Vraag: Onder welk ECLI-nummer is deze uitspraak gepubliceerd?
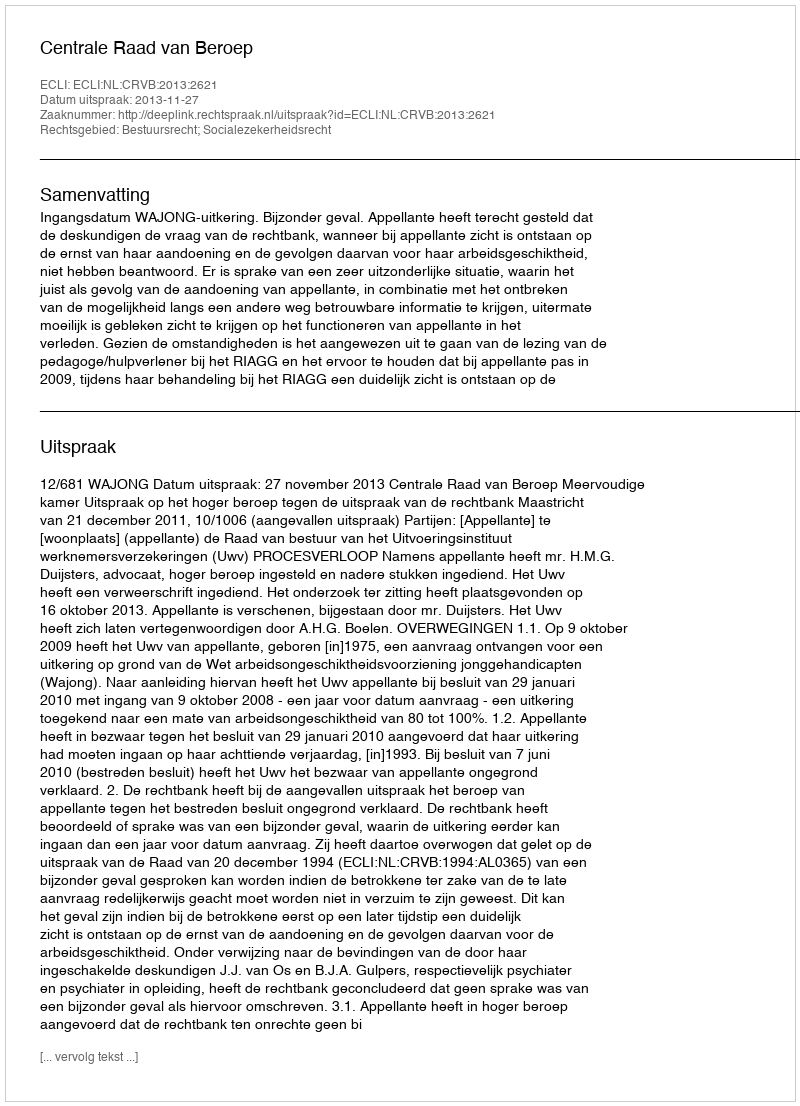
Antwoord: ECLI:NL:CRVB:2013:2621